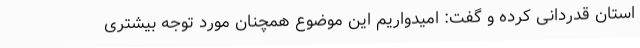
استان قدردانی کرده و گفت: امیدواریم این موضوع همچنان مورد توجه بیشتری